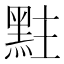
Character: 𪐴